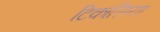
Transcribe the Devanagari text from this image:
टिकासिया